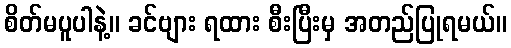
စိတ်မပူပါနဲ့။ ခင်ဗျား ရထား စီးပြီးမှ အတည်ပြုရမယ်။